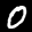
Label: 0